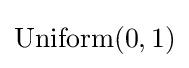
\mathrm {Uniform} (0,1)